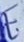
Text: E